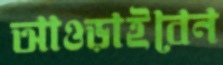
আওড়াইবেন